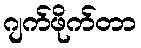
ဂျက်ဖိုက်တာ